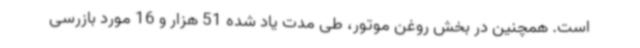
است. همچنین در بخش روغن موتور، طی مدت یاد شده 51 هزار و 16 مورد بازرسی